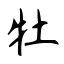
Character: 牡